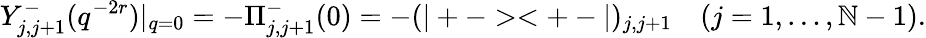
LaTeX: Y_{j,j+1}^{-}(q^{-2r})|_{q=0}=-\Pi_{j,j+1}^{-}(0)=-(|+-><+-|)_{j,j+1}\quad(j=1,\dots,\mathbb{N}-1).